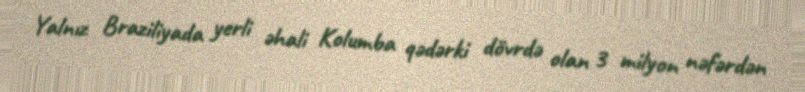
Yalnız Braziliyada yerli əhali Kolumba qədərki dövrdə olan 3 milyon nəfərdən